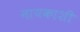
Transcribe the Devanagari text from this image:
नायकाशी